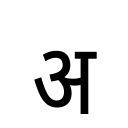
OCR:
अ